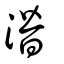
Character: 濳